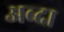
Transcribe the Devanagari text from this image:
अब्दा